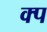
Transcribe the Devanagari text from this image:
क्प